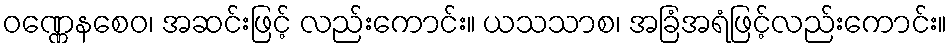
ဝဏ္ဏေနစေဝ၊ အဆင်းဖြင့် လည်းကောင်း။ ယသသာစ၊ အခြံအရံဖြင့်လည်းကောင်း။